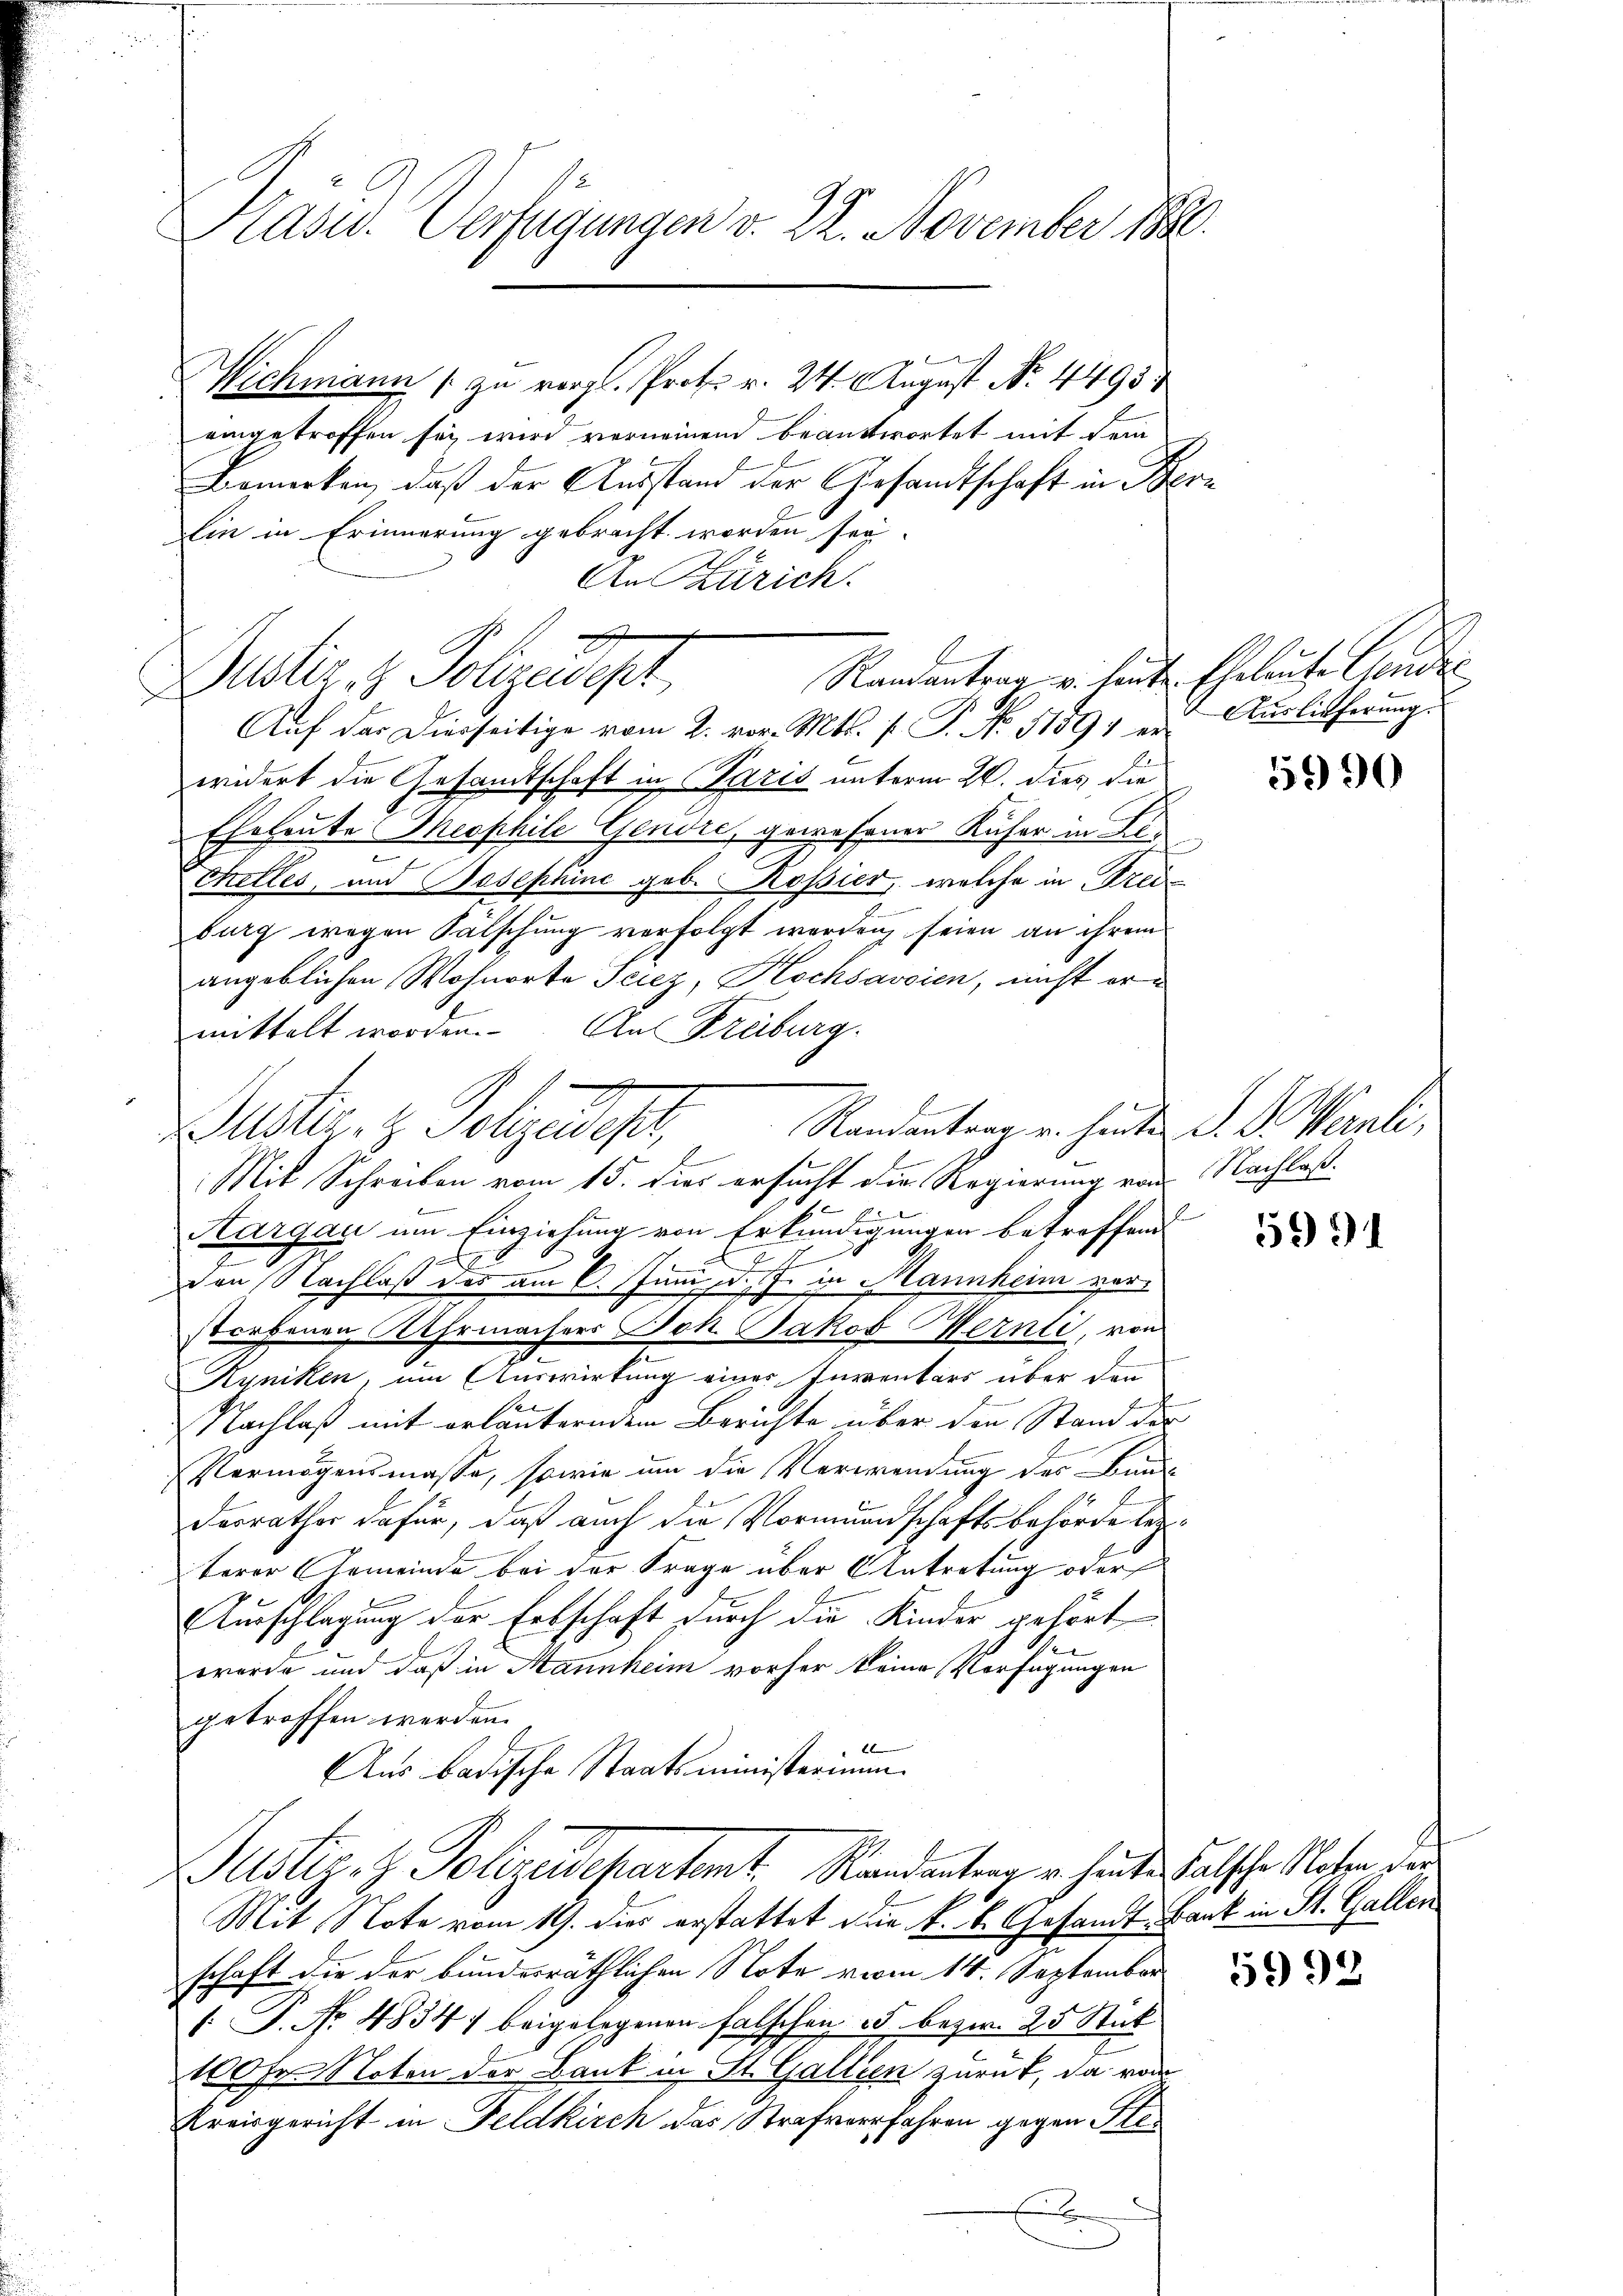
Kasu. Verfügungen v. 22. November 1880.

l
Wichmann / zu vergl. Prot. v. 24. August No. 4493
eingetroffen sei wird vorneinend beantwortet mit dem
Bemerken, daß der Ausstand der Gesandtschaft in Bern
lin in Erinnerung gebracht worden sei
An Zürich.

Aŭf der Dierseitige vom 2. vor. Mts. f. P. No 11391 er Auslieferung
widert die Gesandtschaft in Paris unterm 26. dies, die
Eheleute Theophile Gendre, gewesener Küfer in Bes
u
Thelles, und Josephine geb. Rossier, welche in Frei
burg wegen Fälschung verfolgt werden seien an ihrem
angeblichen Wohnorte Sciez, Hochsavoien, nicht ermittelt worden. An Freiburg.
Randantrag u. hinden S. D. Wernli,
uster. H. Polizeift,
Mit Schreiben vom 15. dies ersucht die Regierung von Nachlaß¬
Thurgau um Einziehung von Erkundigungen betreffend
E
e
den Nachlaß des am 6. Juni d. J. in Mannheim verstorbenen Uhrmachers Joh. Jakob Mernli, von
Kyniken, um Auswirkung einer Inventars über den
e
Nachlaß mit erläuterndem Berichte über den Stand der
Vermögensmasse, sowie um die Verwendung der Baun
desrather dafür, daß auch die Vormundschaftsbehörde letzterer Gemeinde bei der Frage über Antretung oder
Ausschlagung der Erbschaft durch die Kinder gehört
wurde und daß in Mannheim vorher keine Verfügungen
getroffen werden.
Aus badische Staatsministerium.
Justiz- & Polizeidepartemt. Randantrag u. heute Salische Noten der
Mit Note vom 19. dies erstattet die k. k. Gesandt, Bank in St. Gallen
schaft die der bundesräthlichen Note vom 14. September
". P. Nro 4834) beigelegenen falschen 25 bezw. 25 Stück
100 Fr. Noten der Bank in St. Galleen zurück, da vor
Kreisgericht in Feldkirch das Strafverfahren gegen Stex

E
Randantrag u. heute Eheleute Aende
Dustiz & Polizeiept

5990

5991

5999